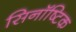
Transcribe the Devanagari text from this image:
सिनॉष्टिक